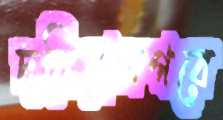
দরিয়ানগরে